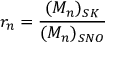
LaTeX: r _ { n } = \frac { ( M _ { n } ) _ { S K } } { ( M _ { n } ) _ { S N O } }